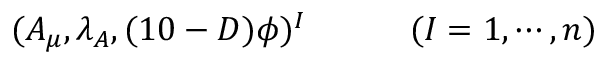
( A _ { \mu } , \lambda _ { A } , ( 1 0 - D ) \phi ) ^ { I } \qquad \quad ( I = 1 , \cdots , n )